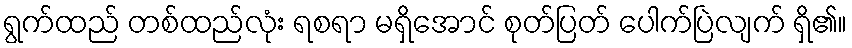
ရွက်ထည် တစ်ထည်လုံး ရစရာ မရှိအောင် စုတ်ပြတ် ပေါက်ပြဲလျက် ရှိ၏။